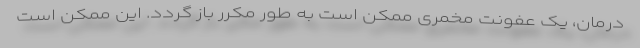
درمان، یک عفونت مخمری ممکن است به طور مکرر باز گردد. این ممکن است